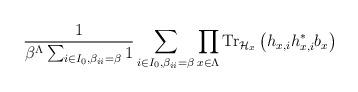
LaTeX: \begin{align*}\frac{1}{\beta^{\Lambda}\sum_{i\in I_{0}, \beta_{ii}=\beta } 1}\sum_{i\in I_{0}, \beta_{ii}=\beta } \prod_{x\in \Lambda}\hbox{Tr}_{\mathcal{H}_{x}}\left(h_{x, i}h_{x, i}^* b_{x}\right)\end{align*}